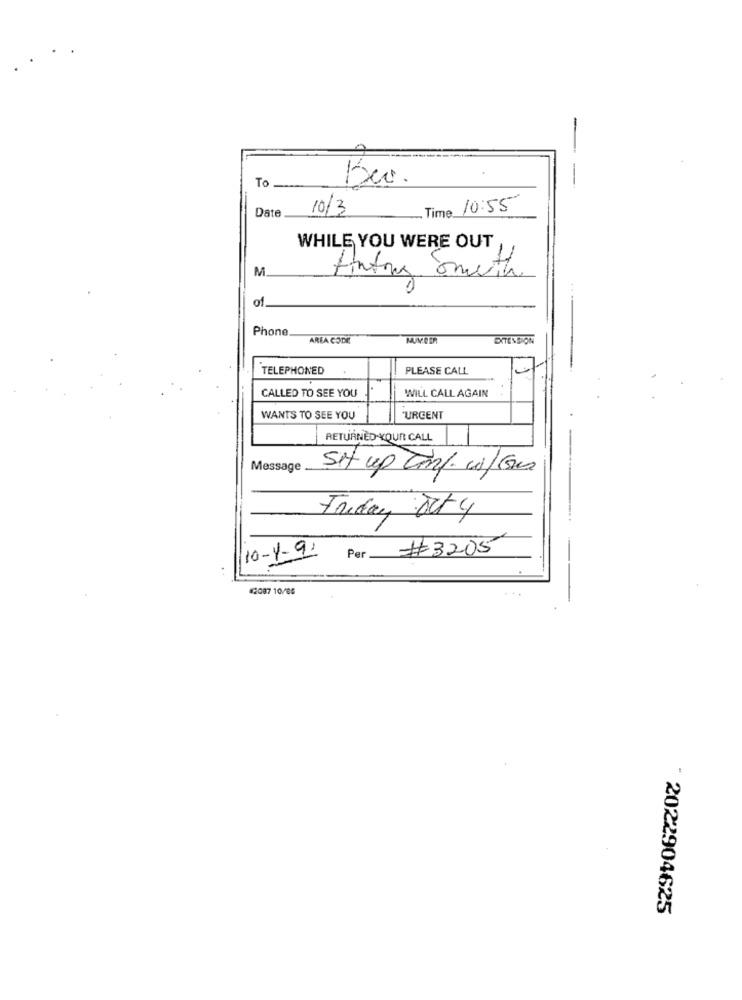
To
Date
10/3
Time 10:55
WHILE YOU WERE OUT
M
Antony Smith
10
Phone
AREA CODE
MUYCER
EXTENSION
TELEPHONED
PLEASE CALL
CALLED TO SEE YOU
WILL CALL AGAIN
WANTS TO SEE YOU
'URGENT
RETURNED-YOUR CALL
Message
Sit up cn/. w/Gm
Friday out y
10-1-91
Per #3205
₭2087 10/85
2022904625